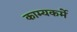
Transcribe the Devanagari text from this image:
काम्यकर्मे